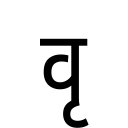
OCR:
वृ